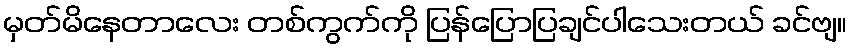
မှတ်မိနေတာလေး တစ်ကွက်ကို ပြန်ပြောပြချင်ပါသေးတယ် ခင်ဗျ။